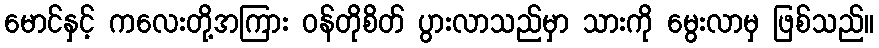
မောင်နှင့် ကလေးတို့အကြား ဝန်တိုစိတ် ပွားလာသည်မှာ သားကို မွေးလာမှ ဖြစ်သည်။